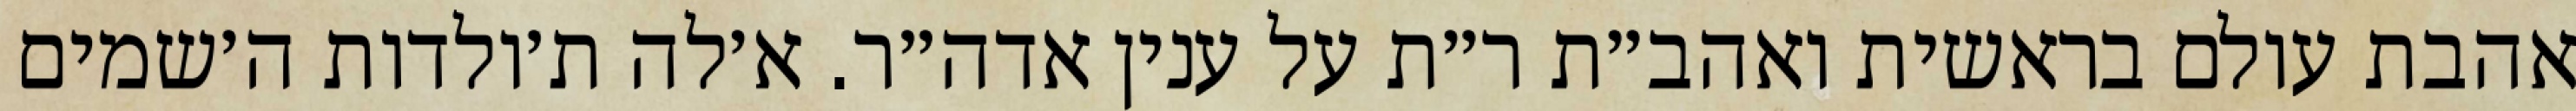
אהבת עולם בראשית ואהב״ת ר״ת על ענין אדה״ר. א׳לה ת׳ולדות ה׳שמים